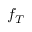
f _ { T }